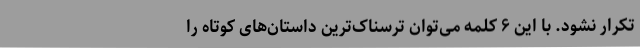
تکرار نشود. با این ۶ کلمه می‌توان ترسناک‌ترین داستان‌های کوتاه را